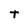
Character: t